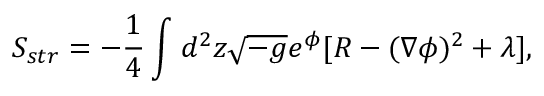
S _ { s t r } = - { \frac { 1 } { 4 } } \int _ { } ^ { } d ^ { 2 } z \sqrt { - g } e ^ { \phi } [ R - ( \nabla \phi ) ^ { 2 } + \lambda ] ,